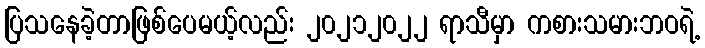
ပြသနေခဲ့တာဖြစ်ပေမယ့်လည်း ၂၀၂၁၂၀၂၂ ရာသီမှာ ကစားသမားဘဝရဲ့